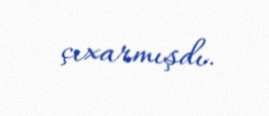
çıxarmışdı.